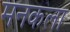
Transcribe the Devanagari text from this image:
मनकला